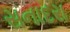
સનાદરા